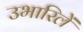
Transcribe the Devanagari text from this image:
उभारिलें